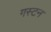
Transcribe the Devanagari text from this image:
गस्टन